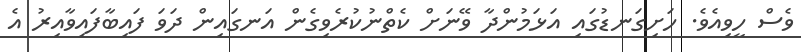
ވެސް ހީވިއެވެ. ހަށިގަނޑުގައި އަޅަމުންދާ ވޭނަށް ކެތްނުކުރެވިގެން އަނގައިން ދަވަ ފައިބާފައިވާއިރު އެ